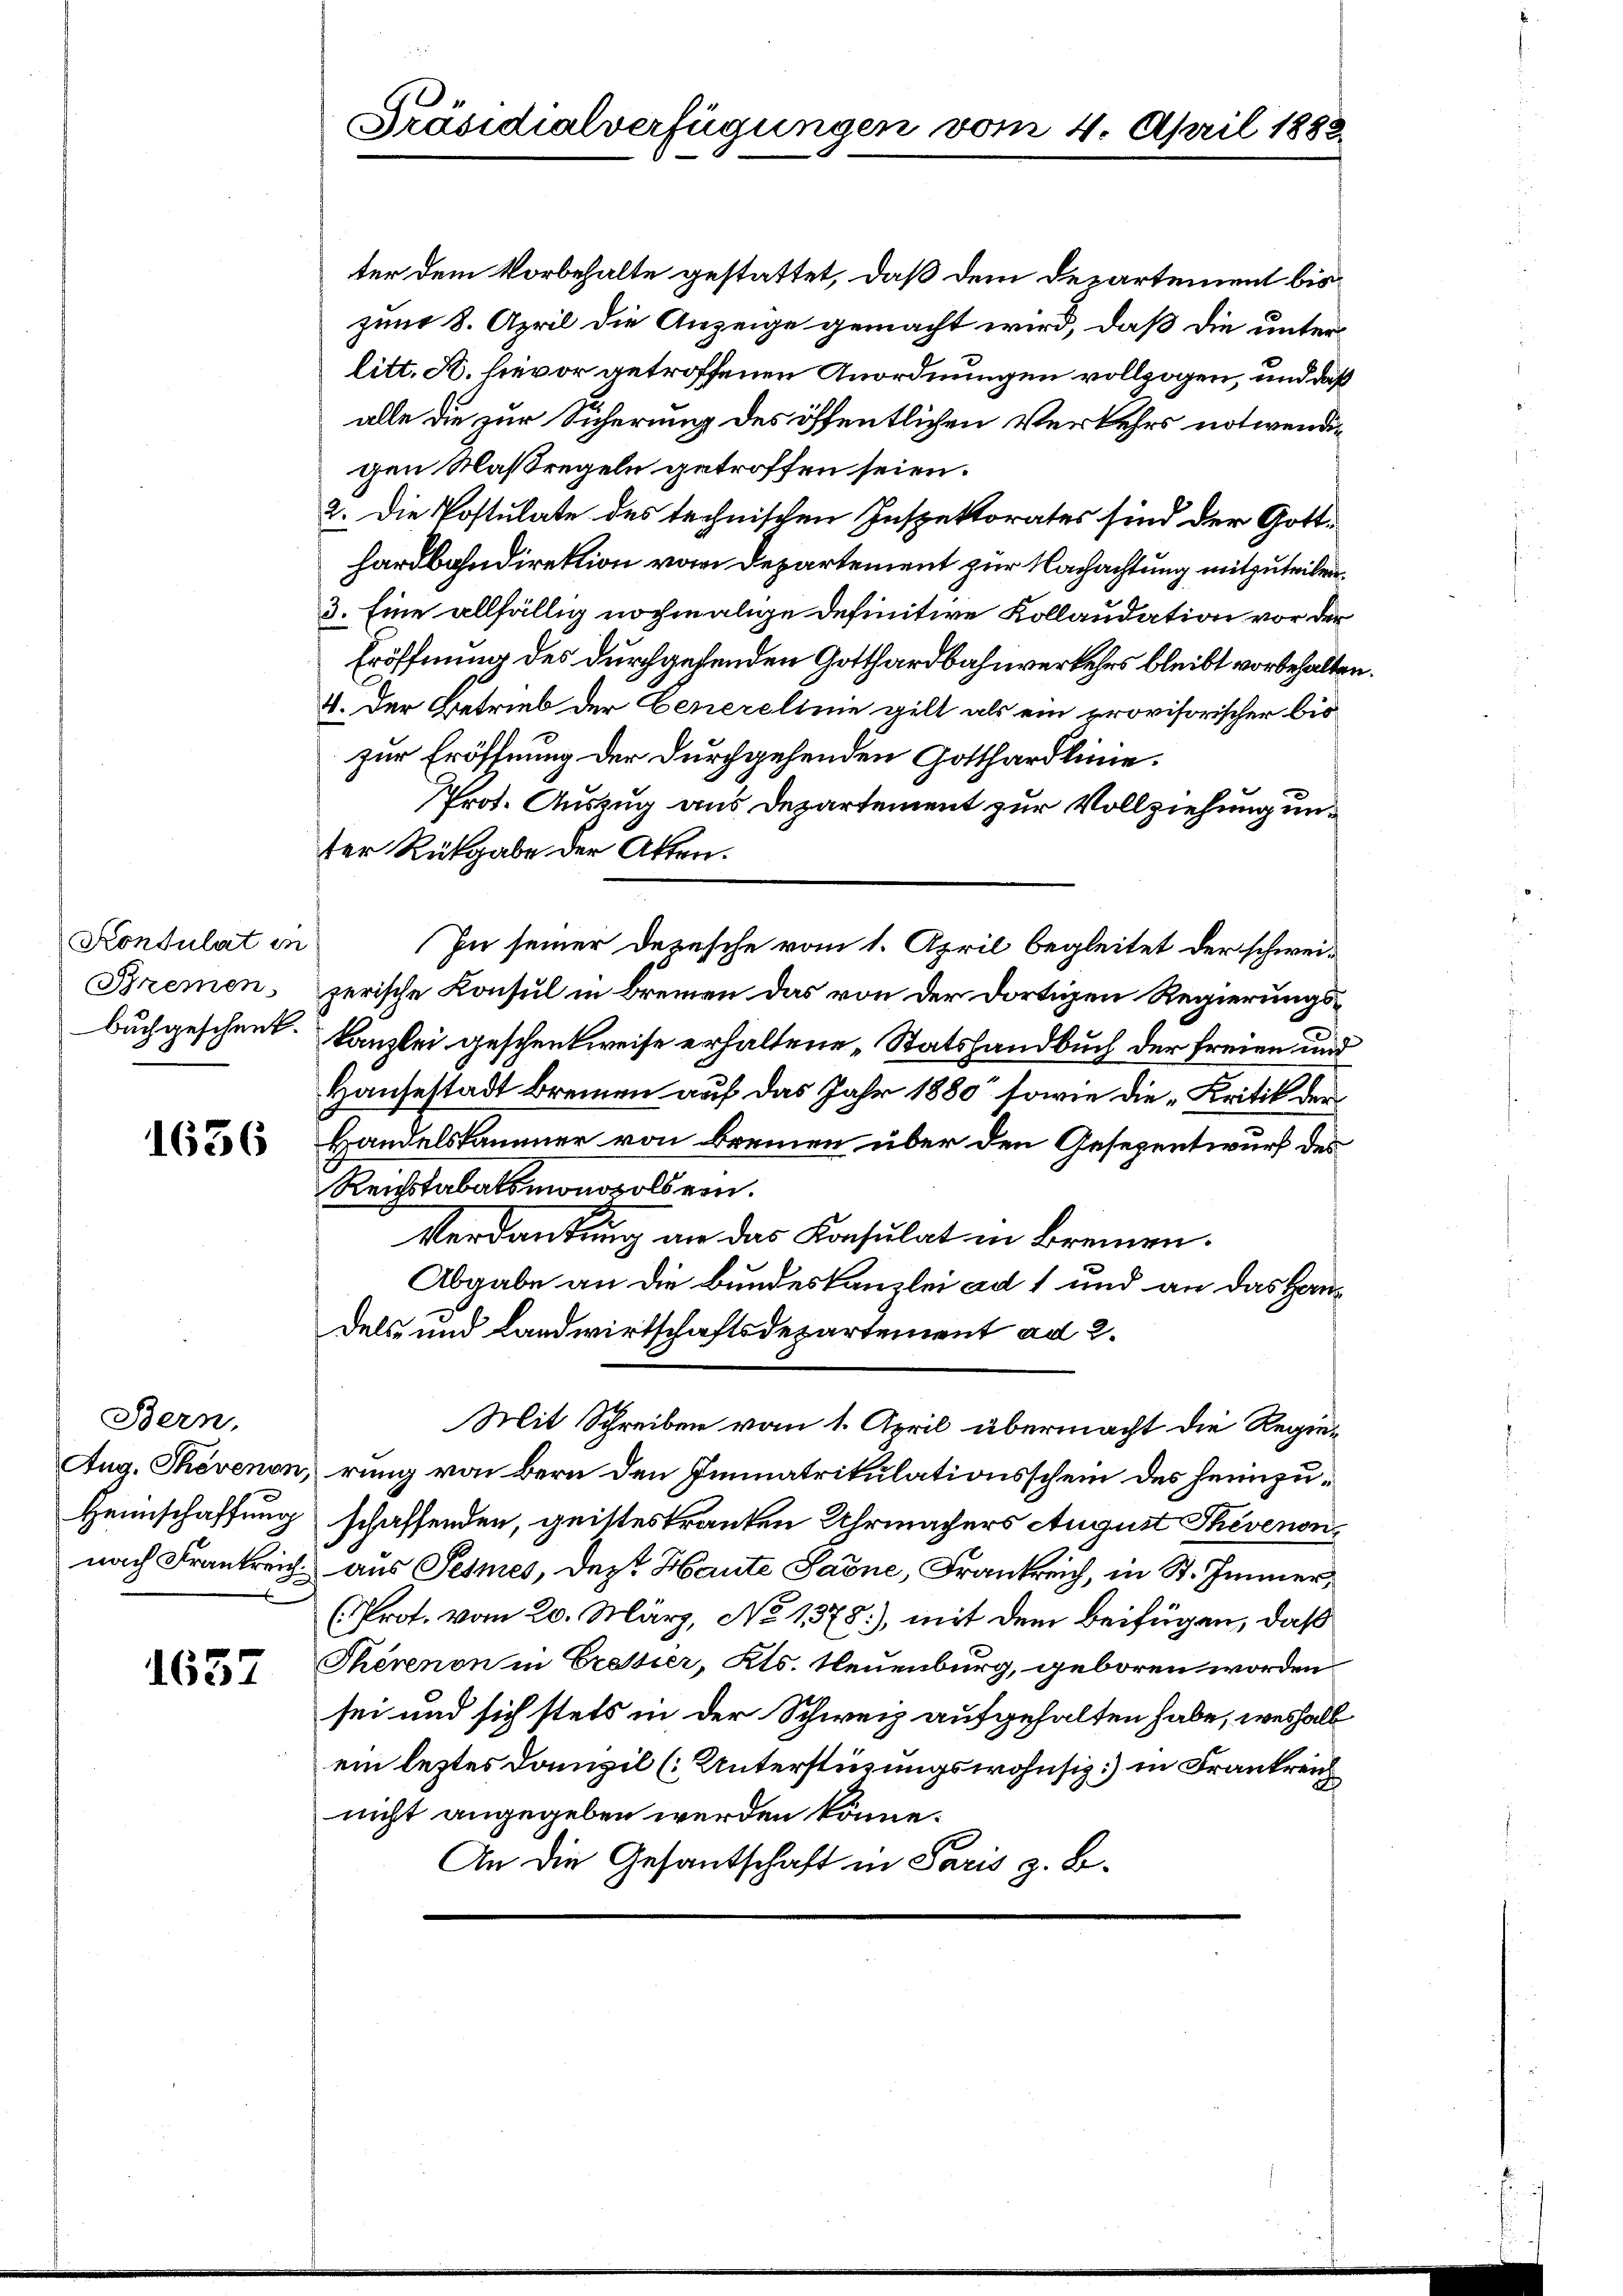
Konsulat in

1636

Bern,

1637

ter dem Vorbehalte gestattet, daß dem Departement biszund 8. April die Anzeige gemacht wird, daß die unter
litt. K. hievor getroffenen Anordnungen vollzogen, und daß
alle die zur Sicherung des öffentlichen Verkehrs notwendigen Maßregeln getroffen seien.
2. Die Postulate des technischen Inspektorates sind der Gotthardbahndirektion vom Departement zur Nachachtung mitzuteilen.
3. Eine allfällig nochmalige Definitive Kollaudation vor der
Eröffnung des durchgehenden Gotthardbahnverkehrs bleibt vorbehalten.
4. Der Betrieb der Generelinie gilt als ein provisorischer bis
zur Eröffnung der durchgehenden Gotthardlinie.
Prot. Auszug aus Departement zur Vollziehung unter Rückgabe der Akten.
In seiner Depesche vom 1. April begleitet der schwei¬
Bremen, zerische Konsul in Bremen das von der dortigen Regierungsbuchgeschent. Kanzlei geschenkweise erhaltene „Statshandbuch der freien und
Hausestadt brennen auf das Jahr 1880 sowie die „Kritik der
Handelskammer von Bremen über den Gesezentwurf des
Reichstabaksmonopolsern.
Verdankung an das Konsulat in Brennen.
Abgabe an die Bundeskanzlei ad 1 und an das Handels und Landwirtschaftsdepartement ad 2.
Mit Schreiben vom 1. April übermacht die Regie¬
Aug. Thevenon, rung von Bern den Immatrikulationsschein des heimzu¬
Heimschaffung schaffenden, geisteskranken Uhrmachers August Thevenonnach Frankreich aus Semes, der Haute Sarne, Frankreich, in St. Immer,
(Prof. vom 20. März, No 1378), mit dem beifügen, daß
Thérenon in Eressier, Kts. Neuenburg, geboren worden
sei und sich stets in der Schweiz aufgehalten habe, weshalb
ein leztes Domizil (Unterstüzungswohnsiz in Frankreich
nicht angegeben werden könne.
An die Gesantschaft in Paris z. B.

Präsidialverfügungen vom 4. April 1882